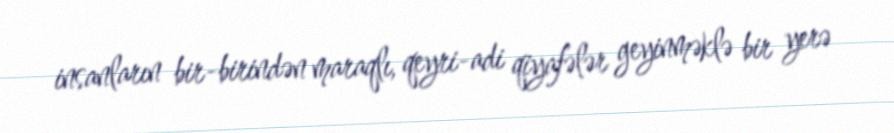
insanların bir-birindən maraqlı, qeyri-adi qiyafələr geyinməklə bir yerə